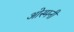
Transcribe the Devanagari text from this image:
ओस्मनी